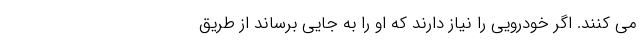
می کنند. اگر خودرویی را نیاز دارند که او را به جایی برساند از طریق